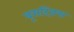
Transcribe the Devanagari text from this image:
बूसट्रिक्स